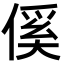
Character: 傒